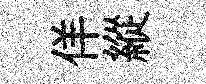
佯縱